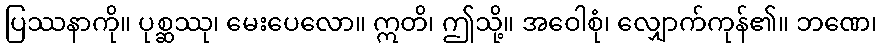
ပြဿနာကို။ ပုစ္ဆဿု၊ မေးပေလော။ ဣတိ၊ ဤသို့။ အဝေါစုံ၊ လျှောက်ကုန်၏။ ဘဏေ၊